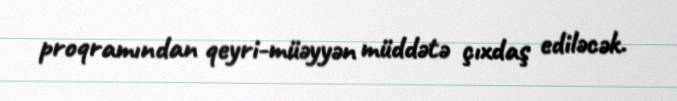
proqramından qeyri-müəyyən müddətə çıxdaş ediləcək.